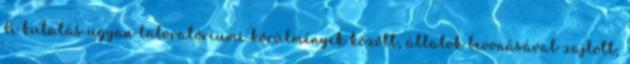
A kutatás ugyan laboratóriumi körülmények között, állatok bevonásával zajlott,